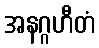
အနဂ္ဂဟီတံ